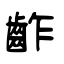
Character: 齚